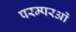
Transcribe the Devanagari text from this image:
परम्परओं